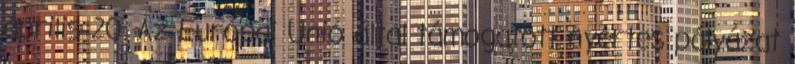
április 20. Az Európai Unió által támogatott nyertes pályázat